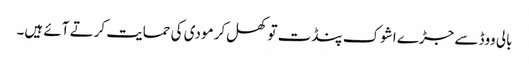
بالی ووڈ سے جڑے اشوک پنڈت تو کھل‌کر مودی کی حمایت کرتے آئے ہیں۔